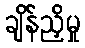
ချိန်ညှိမှု